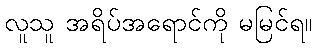
လူသူ အရိပ်အရောင်ကို မမြင်ရ။